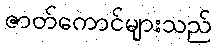
ဇာတ်ကောင်များသည်